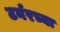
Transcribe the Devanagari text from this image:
टर्नरच्या